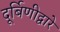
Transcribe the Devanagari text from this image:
दूर्बिणीद्वारे